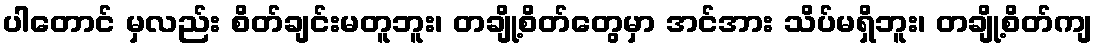
ပါတောင် မှလည်း စိတ်ချင်းမတူဘူး၊ တချို့စိတ်တွေမှာ အင်အား သိပ်မရှိဘူး၊ တချို့စိတ်ကျ